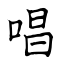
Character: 唱